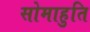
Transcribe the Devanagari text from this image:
सोमाहुति